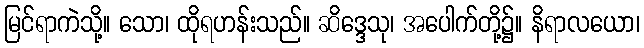
မြင်ရာကဲသို့။ သော၊ ထိုရဟန်းသည်။ ဆိဒ္ဒေသု၊ အပေါက်တို့၌။ နိရာလယော၊